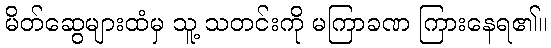
မိတ်ဆွေများထံမှ သူ့ သတင်းကို မကြာခဏ ကြားနေရ၏။